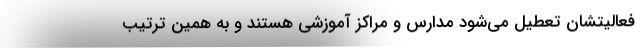
فعالیتشان تعطیل می‌شود مدارس و مراکز آموزشی هستند و به همین ترتیب